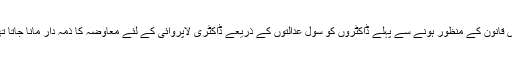
اِس قانون کے منظور ہونے سے پہلے ڈاکٹروں کو سِوِل عدالتوں کے ذریعے ڈاکٹری لاپروائی کے لئے معاوضہ کا ذمہ دار مانا جاتا تھا۔